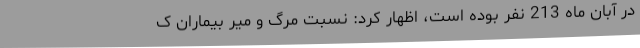
در آبان ماه 213 نفر بوده است، اظهار کرد: نسبت مرگ و میر بیماران ک